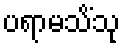
ပရာမသိံသု